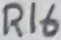
Text: R16